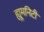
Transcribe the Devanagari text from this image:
ह्यूमनिटी